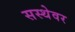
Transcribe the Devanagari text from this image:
सस्थेवर